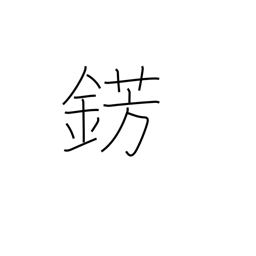
Meaning: metal jewelry